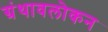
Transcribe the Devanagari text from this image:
ग्रंथावलोकन